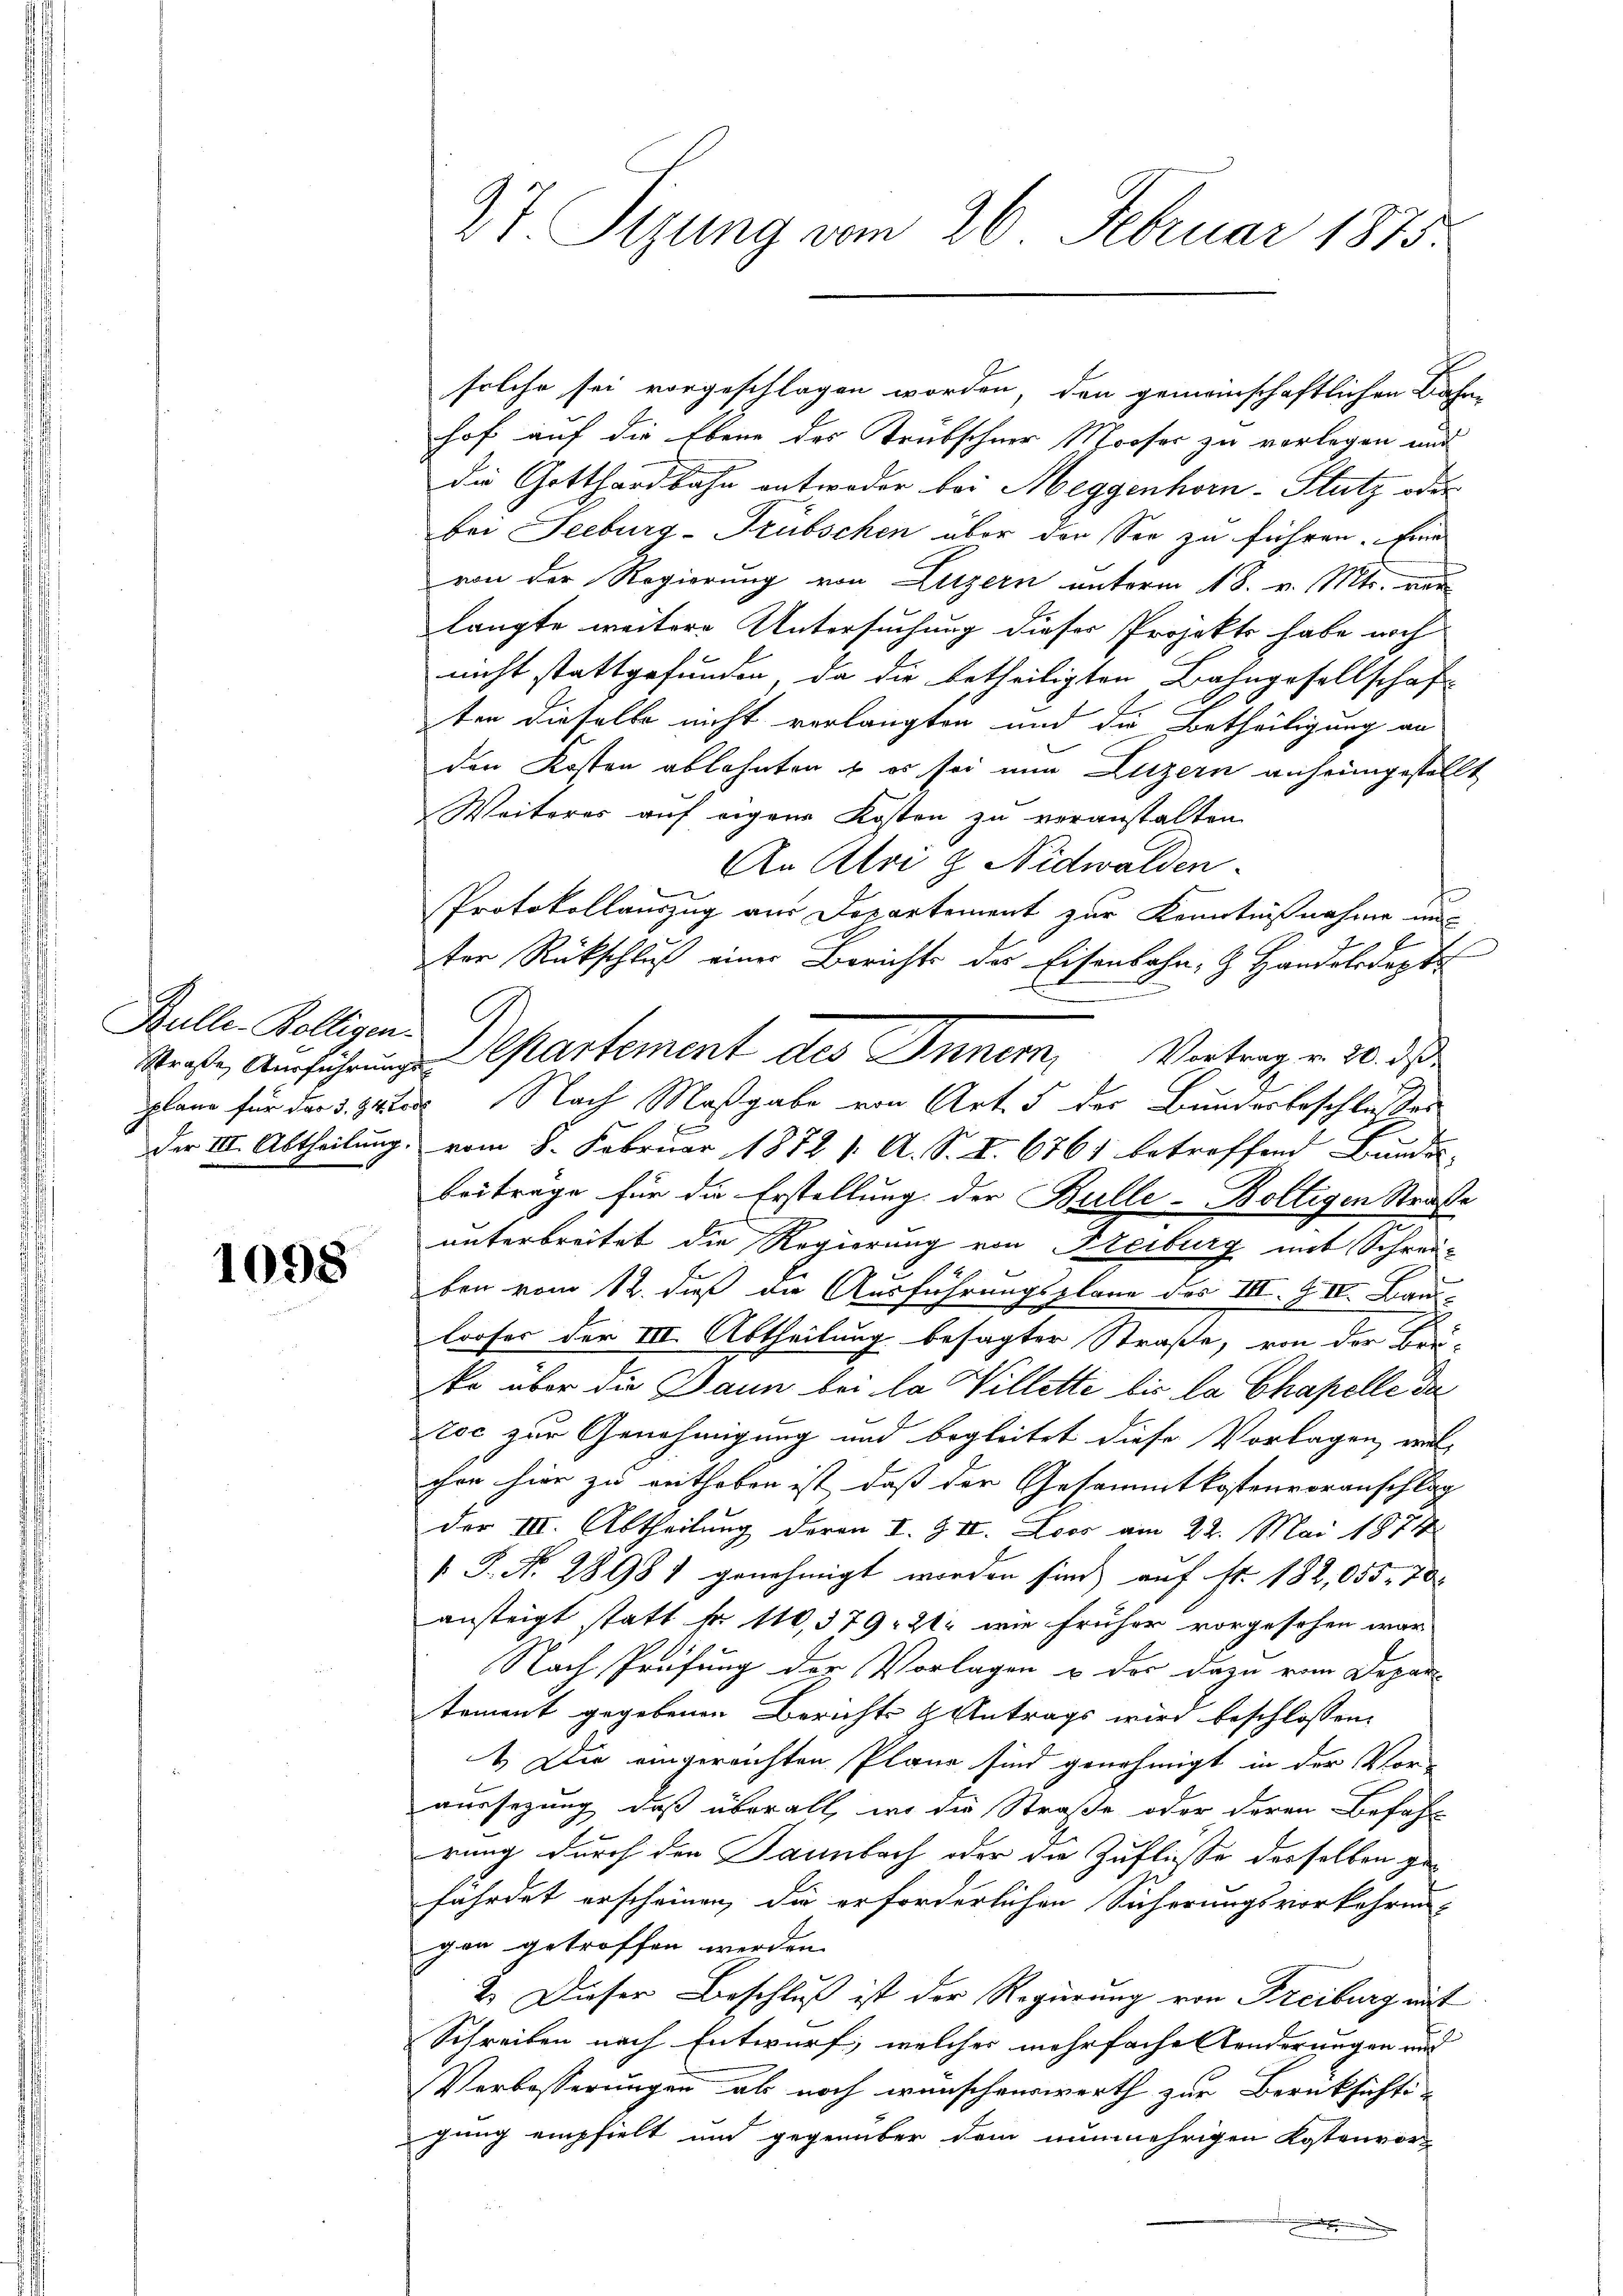
Bulle. Bolligen.

1098

solche sei vorgeschlagen worden, den gemeinschaftlichen Bahnhof auf die Ebene des Trübschner Mooser zu vorlegen und
die Gotthardbahn entweder bei Meggenhorn-Stutz oder
bei Seeburg-Trübschen über der See zu führen. Eine
von der Regierung von Luzern unterm 18. v. Mts. und
langte weitere Untersuchung dieser Projekts habe noch
nicht stattgefunden, da die betheiligten Bahngesellschaf
ten dieselbe nicht verlangten und die Betheiligung an
den Kosten ablehnten & es sei nun Luzern anheimgestellt
Weiteres auf eigene Kosten zu veranstalten
An Alri & Nidwalden.
Protokollauszug aus Departement zur Kenntnißnahme aus
ter Rückschluß einer Berichts des Eisenbahn- & Handelsdopt
A
Straße, Ausführung Departement des Inner, Vortrag v. 20. d.
pplane für der §. 24tes Nach Maßgabe von Art. 5 der Bundesbeschlusses
Der III. Abtheilung vom 8. Februar 1872 1. A. S. I. 6761 betreffend Bundes-
beitrage für die Erstellung der Bulle-Boltigen Straße
unterbreitet die Regierung von Freiburg mit Schrei-
ben vom 12. daß die Ausführungsplane des III. & IV. Bau
looses der III. Abtheilung besagter Straße, von der Bei-
ko über die Dann bei la Willette bis la Chapelle der
toc zur Genehmigung und begleitet diese Vorlagen, wel-
chon hier zu enthoben ist, daß der Gesammtkostenvoranschlag
der III. Abtheilung deren I. & IV. Loos am 22. Mai 1874
 P. Nr. 28981 genehmigt worden sind auf fr. 182,055. 70
ansteigt statt N. 110, 579. 21. wie früher vorgesehen war
Nach Prüfung der Vorlagen & der dazu vom Depar-
tament gegebenen Berichts & Antrags wird beschlossen:
1. Die eingereichten Plane sind genehmigt in der Vor-
aussezung, daß überall, wo die Straße oder deren Befahl
rung durch den Dannbach oder die Zuflüsse derselben zu
fährdet erscheinen, die erforderlichen Sicherungsvorkehren-
gen getroffen werden.
2. Dieser Beschluss ist der Regierung von Freiburg mit
Schreiben nach Entwurf, welches mehrfache Aenderungen wird
Verbesserungen als noch wünschenswerth zur Berüksichts-
gung empfielt und gegenüber dem nunmehrigen Kostenvor-
m

27 Sizung vom 26. Februar 1875.